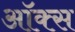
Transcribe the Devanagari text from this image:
ऑक्‍स